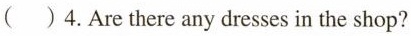
( )4.Are there any dresses in the shop?